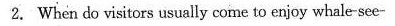
2. When do visitors usually come to enjoy whale-see-